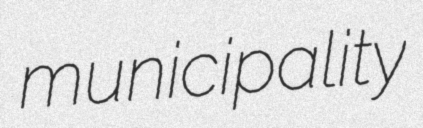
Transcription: municipality